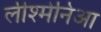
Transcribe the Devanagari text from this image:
लीश्मेनिआ